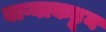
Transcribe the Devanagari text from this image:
वाऱ्याकडून